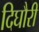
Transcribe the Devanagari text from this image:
दिघौरी